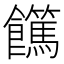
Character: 𩟵